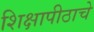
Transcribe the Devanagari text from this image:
शिक्षापीठाचे